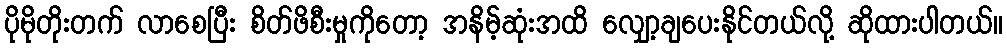
ပိုမိုတိုးတက် လာစေပြီး စိတ်ဖိစီးမှုကိုတော့ အနိမ့်ဆုံးအထိ လျှော့ချပေးနိုင်တယ်လို့ ဆိုထားပါတယ်။